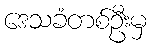
ဒေသခံတစ်ဦးမှ